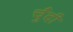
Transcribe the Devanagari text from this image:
चुँदी